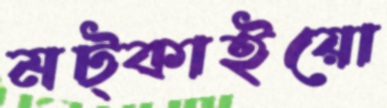
মট্‌কাইয়ো